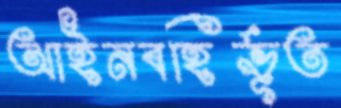
আইনবহির্ভূত